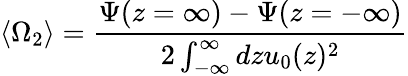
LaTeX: \left\langle\Omega_{2}\right\rangle=\frac{\Psi(z=\infty)-\Psi(z=-\infty)}{2\int_{-\infty}^{\infty}dzu_{0}(z)^{2}}